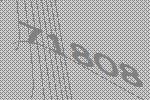
71808